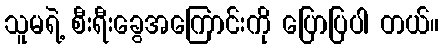
သူမရဲ့ စီးရီးခွေအကြောင်းကို ပြောပြပါ တယ်။